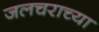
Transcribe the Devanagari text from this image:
जलचराच्या